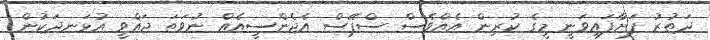
ދަތުރު ފަށާފައިވަނީ މީގެ ކުރިން އެއްވެސް ސްޕޭސް އެޖެންސީއެއް ނުވަތަ ޖައްވީ އުޅަނދަކުން